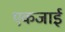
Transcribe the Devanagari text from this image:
एकजाई